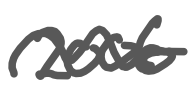
Text: 2006
Cross-out: wave
Writing tool: digital_gray